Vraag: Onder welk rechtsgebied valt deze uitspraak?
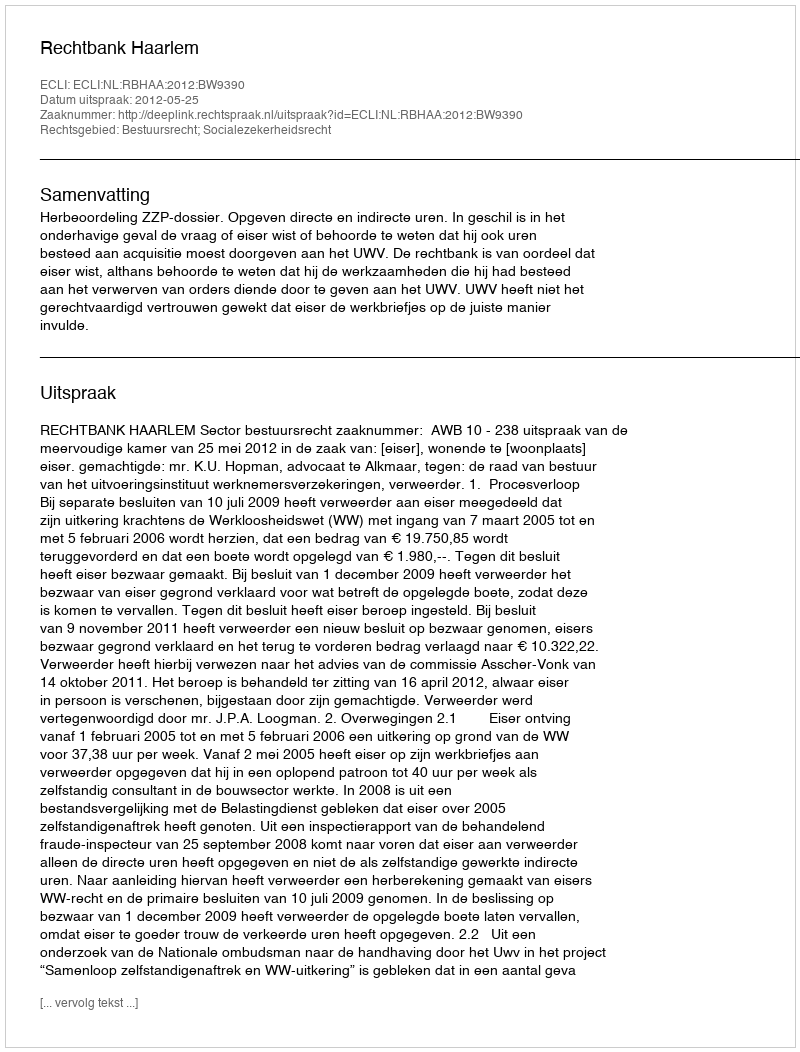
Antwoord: Bestuursrecht; Socialezekerheidsrecht